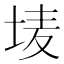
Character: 𮰢